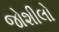
જોશીલો